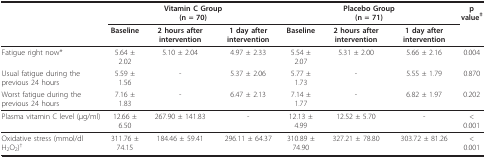
<table><thead><tr><td></td><td colspan="3"><b>Vitamin C Group(n = 70)</b></td><td colspan="3"><b>Placebo Group(n = 71)</b></td><td><b>p value<sup>‡</sup></b></td></tr><tr><td></td><td><b>Baseline</b></td><td><b>2 hours after intervention</b></td><td><b>1 day after intervention</b></td><td><b>Baseline</b></td><td><b>2 hours after intervention</b></td><td><b>1 day after intervention</b></td><td></td></tr></thead><tbody><tr><td>Fatigue right now*</td><td>5.64 ± 2.02</td><td>5.10 ± 2.04</td><td>4.97 ± 2.33</td><td>5.54 ± 2.07</td><td>5.31 ± 2.00</td><td>5.66 ± 2.16</td><td>0.004</td></tr><tr><td>Usual fatigue during the previous 24 hours</td><td>5.59 ± 1.56</td><td>-</td><td>5.37 ± 2.06</td><td>5.77 ± 1.73</td><td>-</td><td>5.55 ± 1.79</td><td>0.870</td></tr><tr><td>Worst fatigue during the previous 24 hours</td><td>7.16 ± 1.83</td><td>-</td><td>6.47 ± 2.13</td><td>7.14 ± 1.77</td><td>-</td><td>6.82 ± 1.97</td><td>0.202</td></tr><tr><td>Plasma vitamin C level (μg/ml)</td><td>12.66 ± 6.50</td><td>267.90 ± 141.83</td><td>-</td><td>12.13 ± 4.99</td><td>12.52 ± 5.70</td><td>-</td><td>&lt; 0.001</td></tr><tr><td>Oxidative stress (mmol/dl H<sub>2</sub>O<sub>2</sub>)<sup>†</sup></td><td>311.76 ± 74.15</td><td>184.46 ± 59.41</td><td>296.11 ± 64.37</td><td>310.89 ± 74.90</td><td>327.21 ± 78.80</td><td>303.72 ± 81.26</td><td>&lt; 0.001</td></tr></tbody></table>